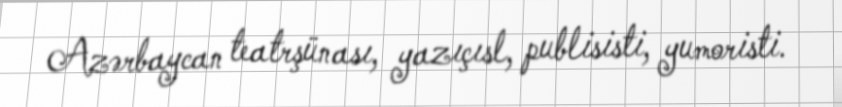
Azərbaycan teatrşünası, yazıçısl, publisisti, yumoristi.